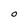
Character: O